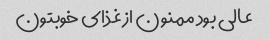
عالی بود ممنون از غذای خوبتون